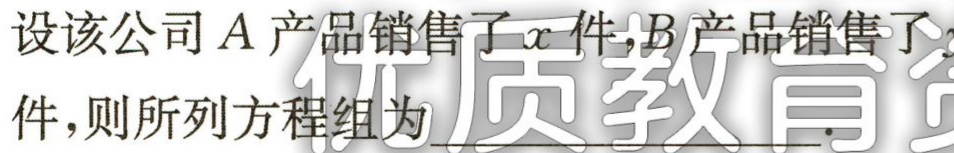
设该公司\(A\)产品销售了\(x\)件，\(B\)产品销售了\(y\)件，则所列方程组为___.